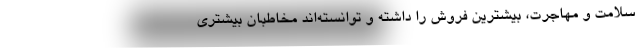
سلامت و مهاجرت، بیشترین فروش را داشته و توانسته‌اند مخاطبان بیشتری